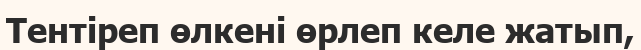
Тентіреп өлкені өрлеп келе жатып,